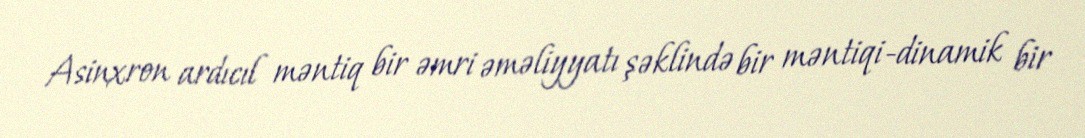
Asinxron ardıcıl məntiq bir əmri əməliyyatı şəklində bir məntiqi-dinamik bir